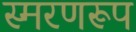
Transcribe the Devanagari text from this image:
स्मरणरूप